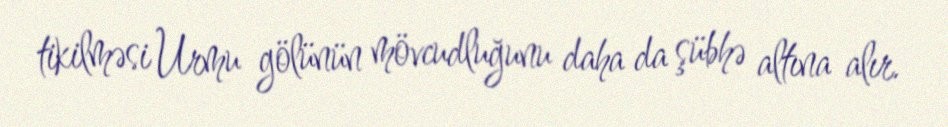
tikilməsi Urmu gölünün mövcudluğunu daha da şübhə altına alır.